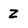
Character: Z